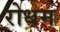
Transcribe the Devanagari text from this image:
रोधम